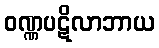
ဝဏ္ဏပဋိလာဘာယ